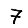
Digit: 7